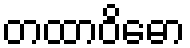
တထာဝိဓော